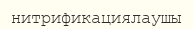
нитрификациялаушы